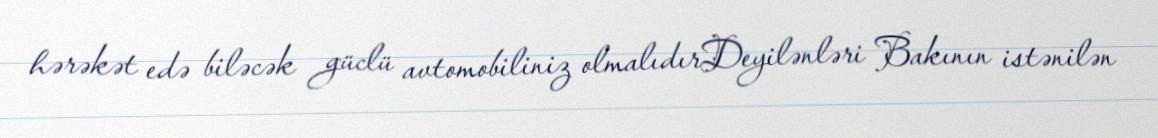
hərəkət edə biləcək güclü avtomobiliniz olmalıdırDeyilənləri Bakının istənilən